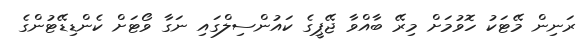
ރަނިން މޭޓަކު ހޮވުމަށް މިރޭ ބާއްވާ ޖޭޕީގެ ކައުންސިލްގައި ނަގާ ވޯޓަށް ކެންޑިޑޭޓުންގެ